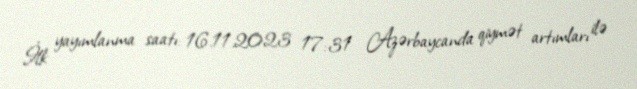
İlk yayımlanma saatı: 16.11.2023 17:31 Azərbaycanda qiymət artımları ilə